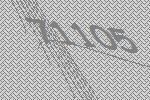
71105